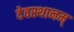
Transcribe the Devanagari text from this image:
देवस्थानम्